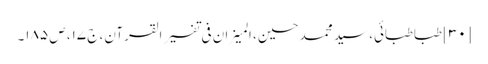
[۳۰] طباطبائی، سید محمد حسین، المیزان فی تفسیر القرآن، ج ۱۷، ص ۱۸۵۔